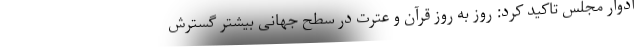
ادوار مجلس تاکید کرد: روز به روز قرآن و عترت در سطح جهانی بیشتر گسترش